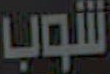
شوب